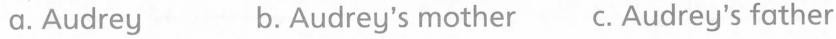
a.Audrey b.Audrey's mother c. Audrey's father